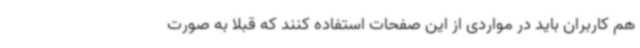
هم کاربران باید در مواردی از این صفحات استفاده کنند که قبلا به صورت